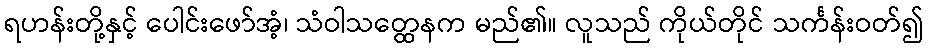
ရဟန်းတို့နှင့် ပေါင်းဖော်အံ့၊ သံဝါသတ္ထေနက မည်၏။ လူသည် ကိုယ်တိုင် သင်္ကန်းဝတ်၍